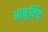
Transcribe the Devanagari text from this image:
आबुविंद